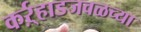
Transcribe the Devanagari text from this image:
कर्ऱ्हाडजवळच्या